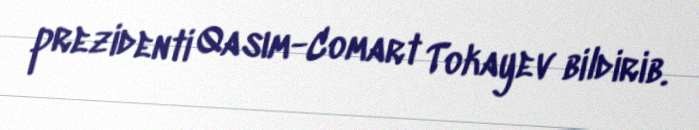
prezidenti Qasım-Comart Tokayev bildirib.